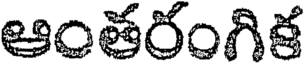
ఆంతరంగిక